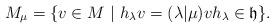
LaTeX: \begin{align*}M_\mu=\{v\in M\ |\ h_\lambda v=(\lambda|\mu)v h_\lambda\in \frak h\}.\end{align*}